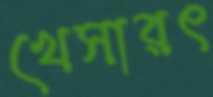
খেসারৎ